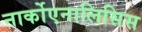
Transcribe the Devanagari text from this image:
नार्कोएनालिसिस